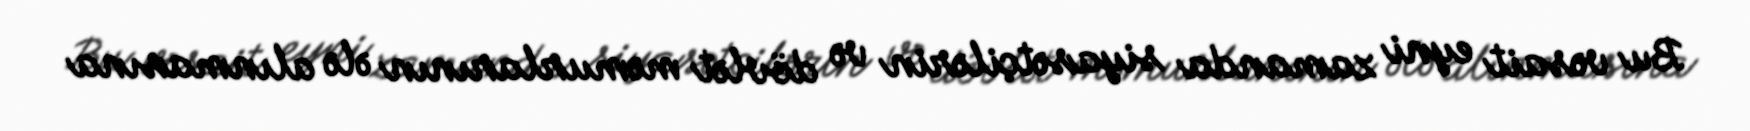
Bu vəsait eyni zamanda siyasətçilərin və dövlət məmurlarının ələ alınmasına